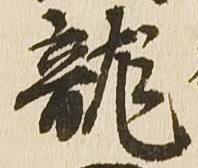
龍